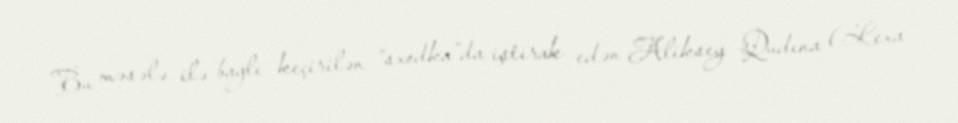
Bu məsələ ilə bağlı keçirilən “sxodka”da iştirak edən Aliksey Qudına (Lexa